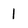
Character: l